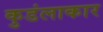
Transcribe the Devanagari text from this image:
कुडंलाकार